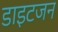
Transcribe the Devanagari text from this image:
डाइटजन